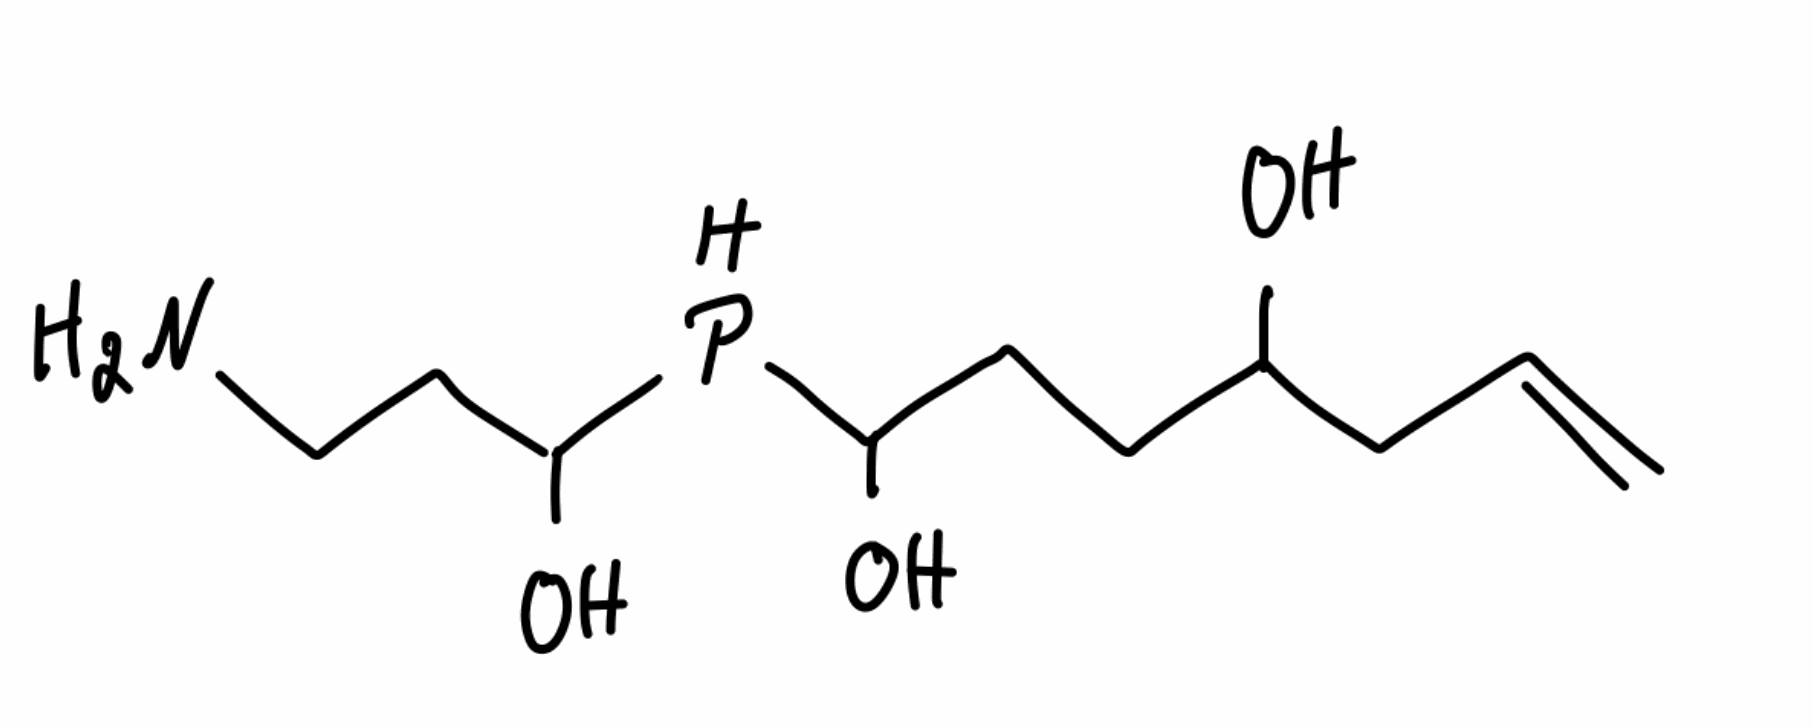
Simplified molecular-input line-entry system (SMILES) notation of the given molecule:
C=CCC(CCC(O)PC(CCN)O)O